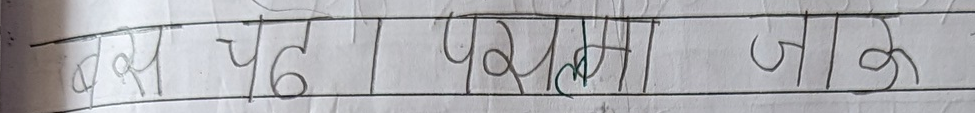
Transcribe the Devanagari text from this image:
बस पद परिक्रमा जा के